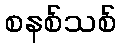
စနစ်သစ်